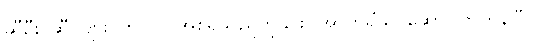
ဆီဦး၊ ဆီ၊ ပျား၊ တင်လဲ အစရှိသည်ကို၎င်း။ အာဟရိံသု၊ ဆောင်ကြကုန်ပြီ။